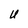
Character: U